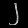
Digit: ၂